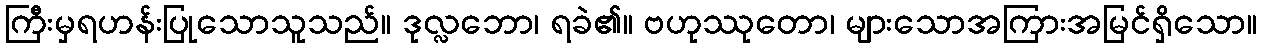
ကြီးမှရဟန်းပြုသောသူသည်။ ဒုလ္လဘော၊ ရခဲ၏။ ဗဟုဿုတော၊ များသောအကြားအမြင်ရှိသော။